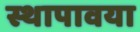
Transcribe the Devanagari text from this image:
स्थापावया